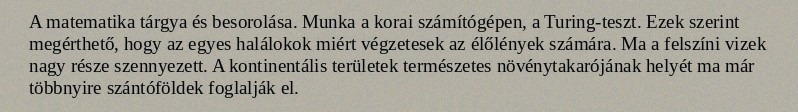
A matematika tárgya és besorolása. Munka a korai számítógépen, a Turing-teszt. Ezek szerint megérthető, hogy az egyes halálokok miért végzetesek az élőlények számára. Ma a felszíni vizek nagy része szennyezett. A kontinentális területek természetes növénytakarójának helyét ma már többnyire szántóföldek foglalják el.